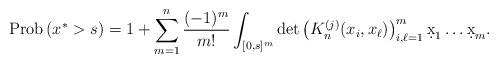
LaTeX: \begin{align*}{\rm Prob}\left(x^*>s\right)=1+\sum_{m=1}^n \frac{(-1)^m}{m!}\int_{[0,s]^m}\det\left(K_n^{(j)}(x_i,x_\ell)\right)_{i,\ell=1}^m \d x_1\ldots \d x_m.\end{align*}